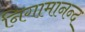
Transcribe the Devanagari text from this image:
निगामानन्द